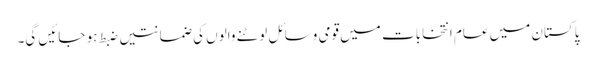
پاکستان میں عام انتخابات میں قومی وسائل لوٹنے والوں کی ضمانتیں ضبط ہو جائیں گی۔